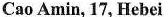
Cao Amin, 17, Hebei